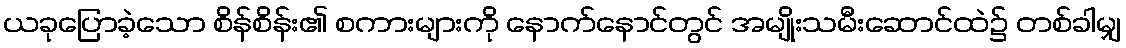
ယခုပြောခဲ့သော စိန်စိန်း၏ စကားများကို နောက်နောင်တွင် အမျိုးသမီးဆောင်ထဲ၌ တစ်ခါမျှ